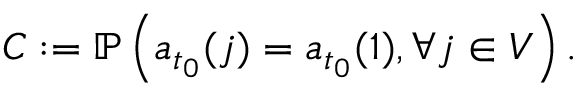
C : = \mathbb { P } \left( a _ { t _ { 0 } } ( j ) = a _ { t _ { 0 } } ( 1 ) , \forall j \in V \right) .